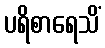
ပရိစာရေသိံ